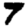
Digit: 7